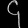
Digit: ၄